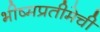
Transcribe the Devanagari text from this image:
भीष्मप्रतीमेची